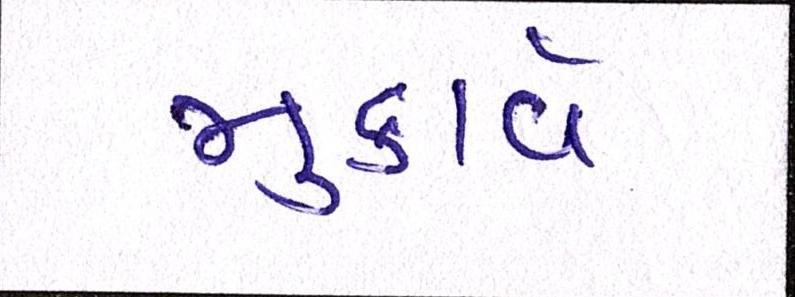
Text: મુકાવે